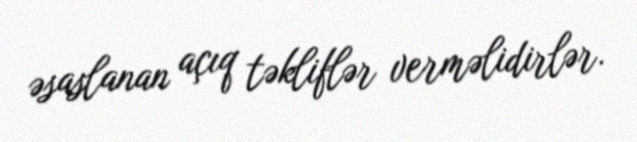
əsaslanan açıq təkliflər verməlidirlər.